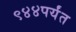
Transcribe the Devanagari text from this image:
९४४पर्यंत